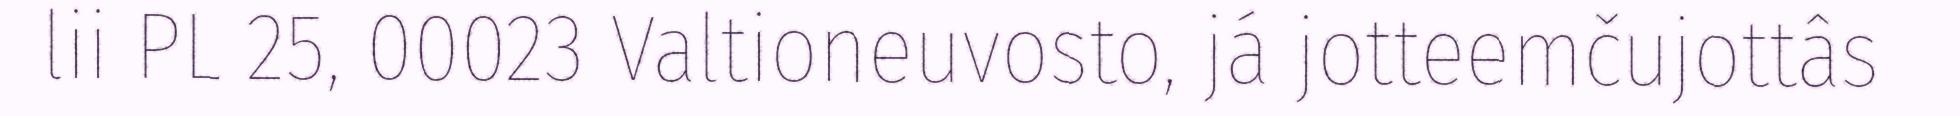
lii PL 25, 00023 Valtioneuvosto, já jotteemčujottâs